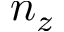
n _ { z }